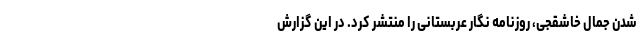
شدن جمال خاشقجی، روزنامه نگار عربستانی را منتشر کرد. در این گزارش